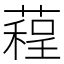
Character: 𦻓